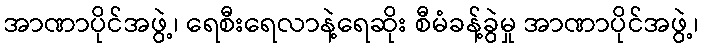
အာဏာပိုင်အဖွဲ့၊ ရေစီးရေလာနဲ့ရေဆိုး စီမံခန့်ခွဲမှု အာဏာပိုင်အဖွဲ့၊